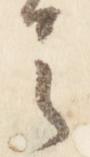
之